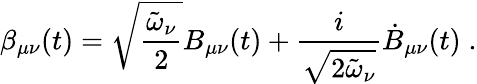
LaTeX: \beta_{\mu\nu}(t)=\sqrt{\frac{\tilde{\omega}_{\nu}}{2}}B_{\mu\nu}(t)+\frac{i}{\sqrt{2\tilde{\omega}_{\nu}}}\dot{B}_{\mu\nu}(t)\; .